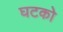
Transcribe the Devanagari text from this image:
घटको